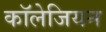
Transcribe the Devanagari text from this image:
कॉलेजियन